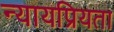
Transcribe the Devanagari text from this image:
न्‍यायप्रियता